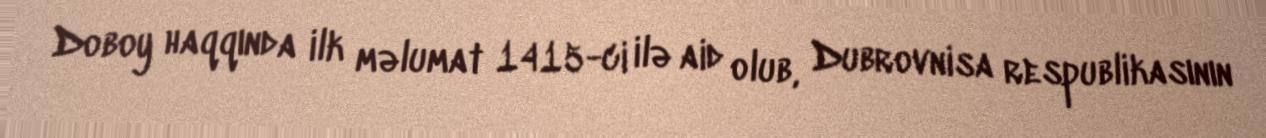
Doboy haqqında ilk məlumat 1415-ci ilə aid olub, Dubrovnisa respublikasının